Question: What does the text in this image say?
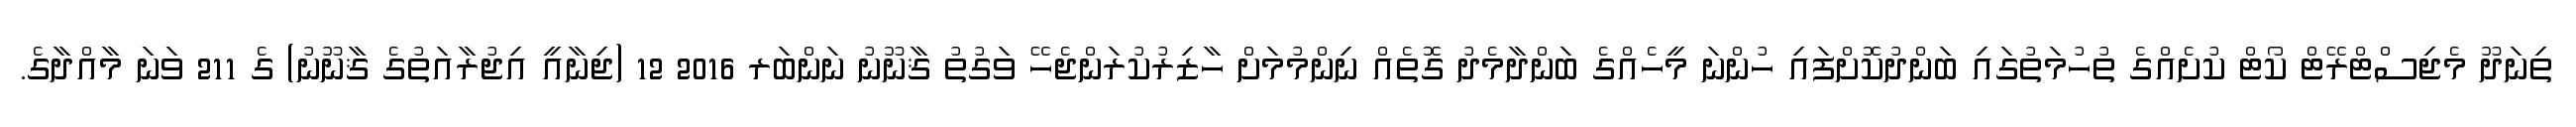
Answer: ތިނަދޫ މެޖިސްޓްރޭޓް ކޯޓް ކުށެއްގެ ތުހުމަތުގައި ބަންދުކޮށްފައި ހުންނަ މީހެއްގެ ބަންދާމެދު ގޮތެއް ނިންމުމަށް ހާޒިރުކުރަންޖެހޭ ވަގުތު ޤާނޫނު ނަންބަރ 2016 12 (ޖިނާއީ އިޖުރާއަތުގެ ޤާނޫނު) ގެ 211 ވަނަ މާއްދާގެ.